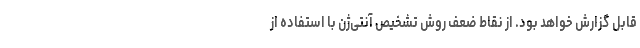
قابل گزارش خواهد بود. از نقاط ضعف روش تشخیص آنتی‌ژن با استفاده از